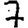
Digit: 7